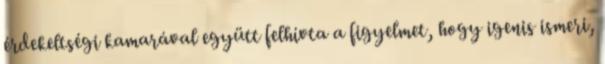
érdekeltségi kamarával együtt felhívta a figyelmet, hogy igenis ismeri,